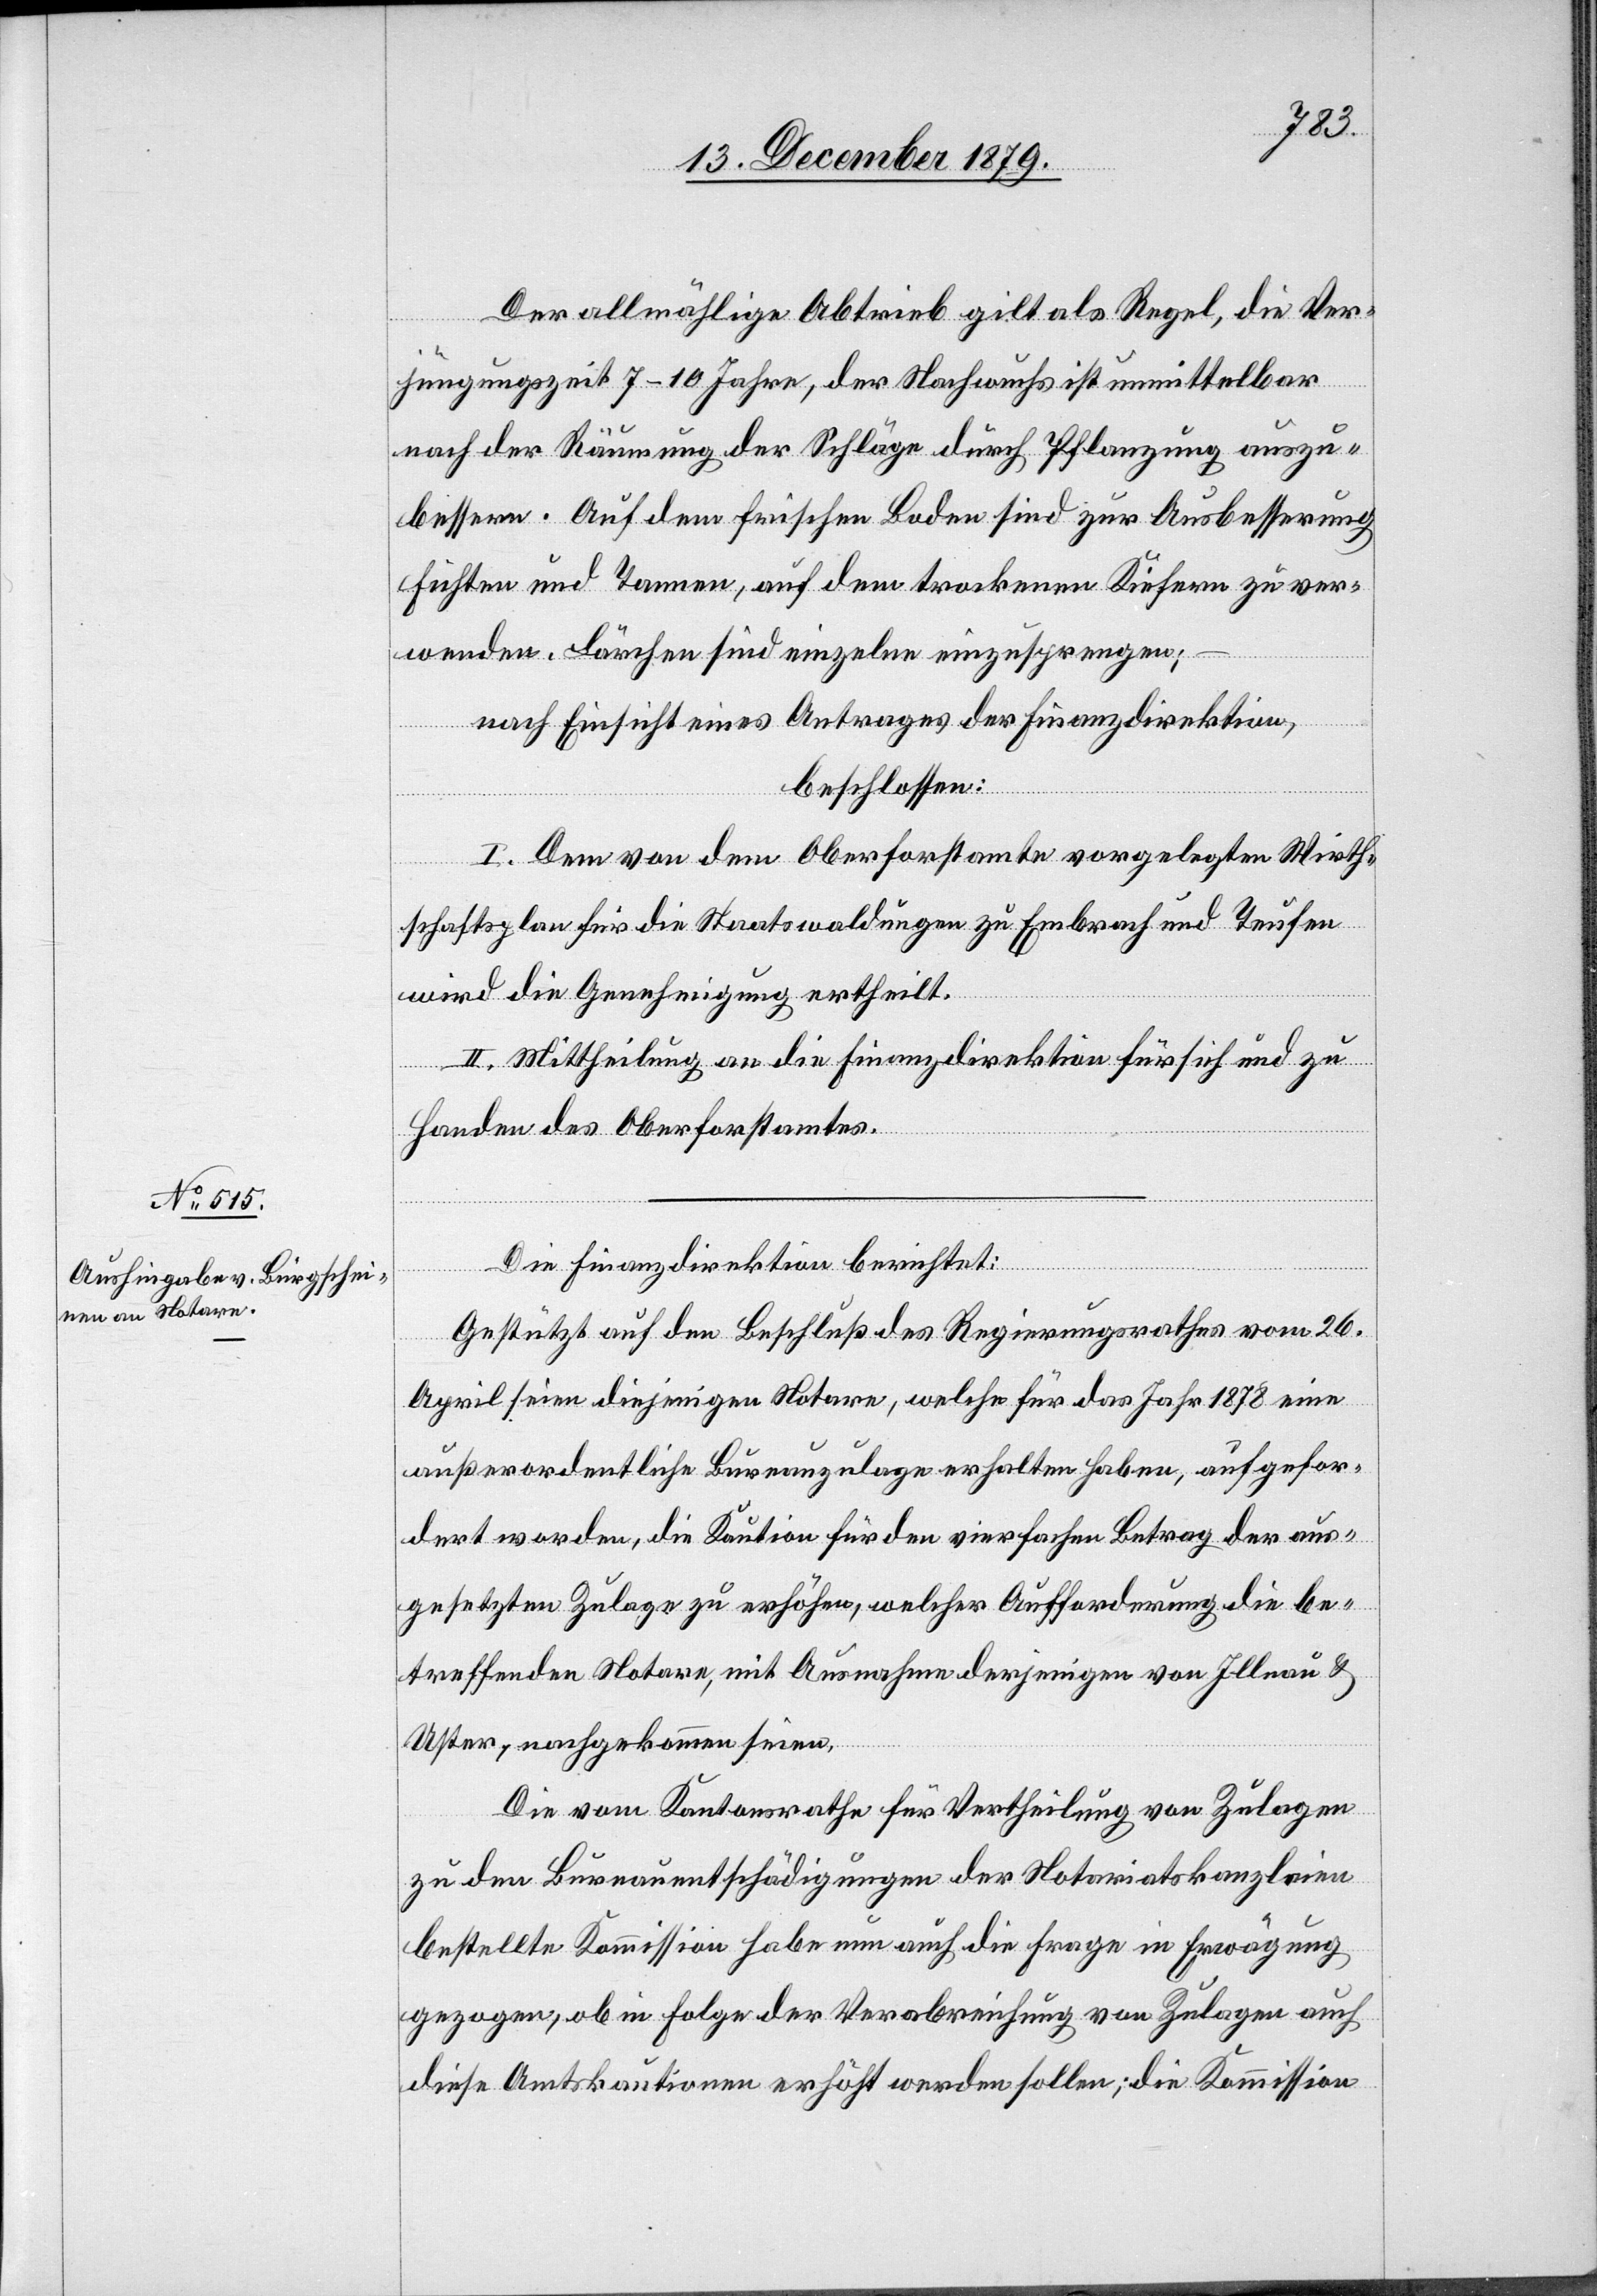
Der allmählige Abtrieb gilt als Regel, die Ver¬
jüngungszeit 7–10 Jahre, der Nachwuchs ist unmittelbar
nach der Räumung der Schläge durch Pflanzung auszu¬
bessern. Auf dem frischen Boden sind zur Ausbesserung
Fichten und Tannen, auf dem trockenen Kiefern zu ver¬
wenden. Lärchen sind einzeln einzusprengen;
nach Einsicht eines Antrages der Finanzdirektion,
beschlossen:
I. Dem von dem Oberforstamte vorgelegte Wirth¬
schaftsplan für die Staatswaldungen zu Embrach und Teufen
wird die Genehmigung ertheilt.
II. Mittheilung an die Finanzdirektion für sich und zu
Handen des Oberforstamtes.
Gestützt auf den Beschluß des Regierungsrathes vom 26.
April seien diejenigen Notare, welche für das Jahr 1878 eine
außerordentliche Bureauzulage erhalten haben, aufgefor¬
dert worden, die Kaution für den vierfachen Betrag der aus¬
gesetzten Zulage zu erhöhen welcher Aufforderung die be¬
treffenden Notare, mit Ausnahme derjenigen von Illnau &
Die
Uster, nachgekommen sind.
Die vom Kantonsrathe für Vertheilung von Zulagen
zu den Bureauentschädigungen der Notariatskanzleien
bestellte Kommission habe nun auch die Frage in Erwägung
gezogen, ob in Folge der Verabreichung von Zulagen auch
diese Amtskautionen erhöht werden sollten; die Kommission